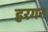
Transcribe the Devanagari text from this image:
हरगन